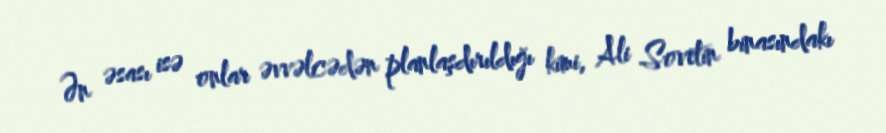
Ən əsası isə onlar əvvəlcədən planlaşdırıldığı kimi, Ali Sovetin binasındakı